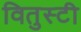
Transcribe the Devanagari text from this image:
वितुस्टी